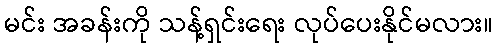
မင်း အခန်းကို သန့်ရှင်းရေး လုပ်ပေးနိုင်မလား။